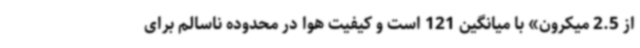
از 2.5 میکرون» با میانگین 121 است‌ و کیفیت هوا در محدوده ناسالم برای